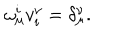
LaTeX: \omega _ { \mu } ^ { i } v _ { i } ^ { \nu } = \delta _ { \mu } ^ { \nu } .